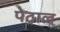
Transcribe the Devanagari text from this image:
पेट्राल